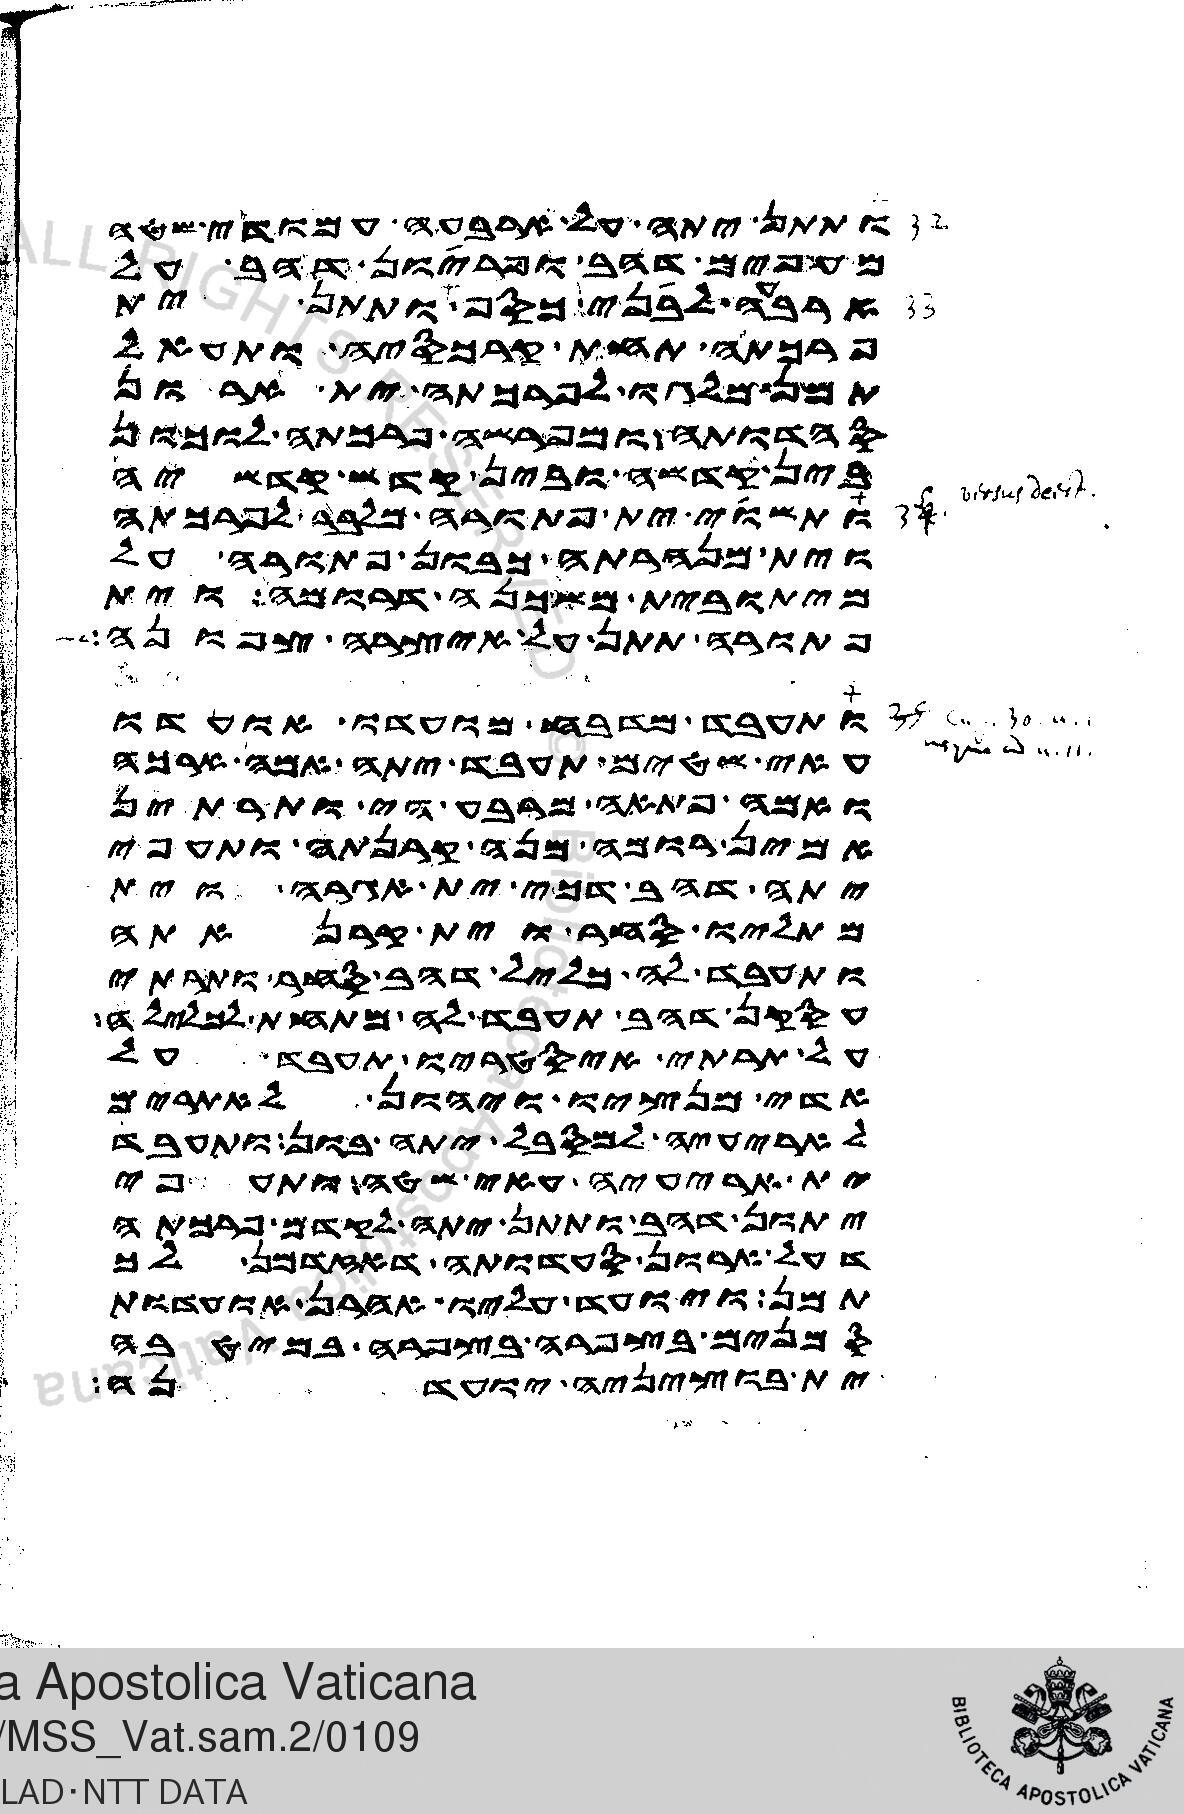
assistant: ותתן יתה על ארבעה עמודי שטה
מעפים דהב ופריון דהב על
ארבעה לבני כסף ותתן ית
פרכתה תחת קרכסיה ותעאל
תמן מלגו לפרכתה ית ארון
סהדותה ומפרשה פרכתה לוכון
בין קדשה ובין קדש קדשיה
ותשוי ית פתורה מלבר לפרכתה
וית מנהרתה כבון פתורה על
מיתובית משכנה דרומה וית
פתורה תתן על איצרה צפונה
ותעבד מדבח מועדו אועדו
עאי שטים תעבד יתה אמה ארכה
ואמה פתאה מרבע הי ותרתין
אמין רומה מנה קרנתה ותעפי
יתה דהב דכי ית אגרה וית
מכתליו סחר וית קרנאתה
ותעבד לה כליל דהב סחר ותרתי
עסקן דהב תעבד לה מתחת לכלילה
על תרתי איסטריו תעבד על
אדי מנציו ויהון לאתרים
לאריעיה למסבל יתה בון ותעבד
ית אריעיה עאי שטה ותעפי
יתון דהב ותתן יתה לקדם פרכתה
דעל ארון סעדותה דאזדמן לך
תמן ויועד עליו אהרן אועדות
סמנים בצפרה בצפרה במיטבה
ית בוציניה יועדנה